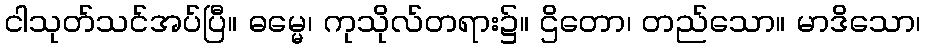
ငါသုတ်သင်အပ်ပြီ။ ဓမ္မေ၊ ကုသိုလ်တရား၌။ ဌိတော၊ တည်သော။ မာဒိသော၊